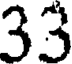
33